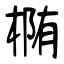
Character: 椭